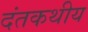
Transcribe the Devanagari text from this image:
दंतकथीय